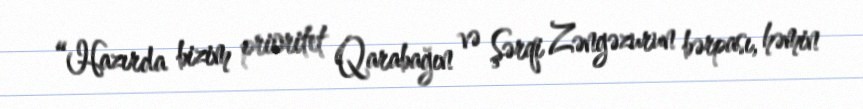
“Hazırda bizim prioritet Qarabağın və Şərqi Zəngəzurun bərpası, həmin